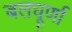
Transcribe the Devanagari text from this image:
बलघूर्णा